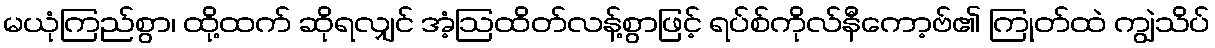
မယုံကြည်စွာ၊ ထို့ထက် ဆိုရလျှင် အံ့ဩထိတ်လန့်စွာဖြင့် ရပ်စ်ကိုလ်နီကော့ဗ်၏ ကြုတ်ထဲ ကျွဲသိပ်